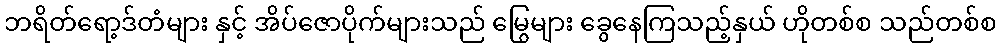
ဘရိတ်ရော့ဒ်တံများ နှင့် အိပ်ဇောပိုက်များသည် မြွေများ ခွေနေကြသည့်နှယ် ဟိုတစ်စ သည်တစ်စ